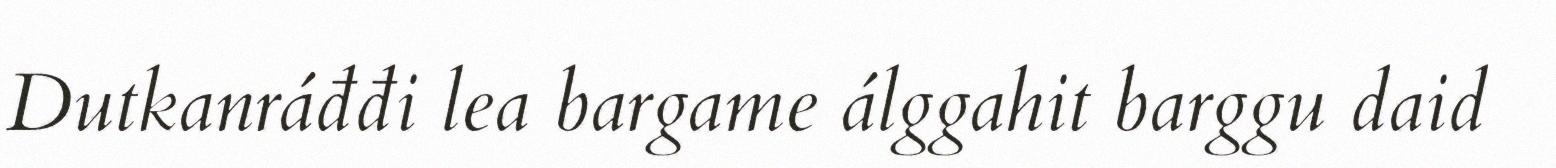
Dutkanráđđi lea bargame álggahit barggu daid